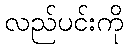
လည်ပင်းကို